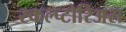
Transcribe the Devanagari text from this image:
स्कल्प्टोरिअस